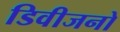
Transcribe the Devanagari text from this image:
डिवीजनो